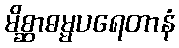
မိစ္ဆာဓမ္မပရေတာနံ